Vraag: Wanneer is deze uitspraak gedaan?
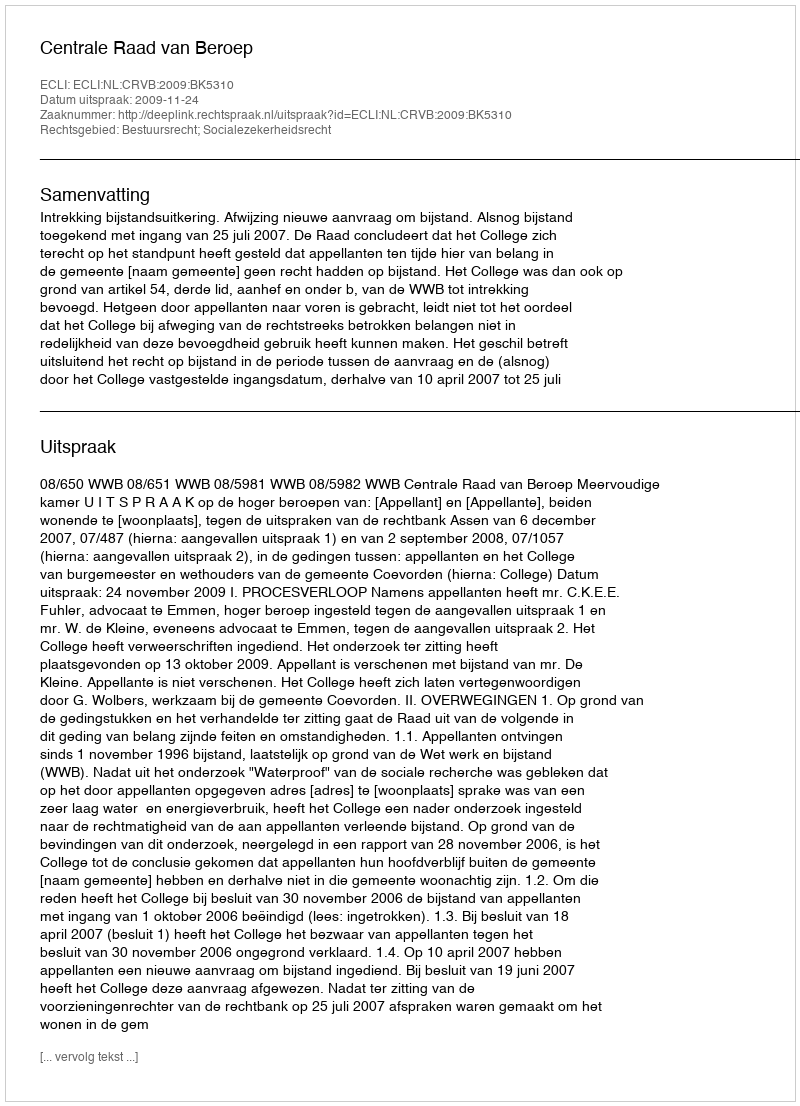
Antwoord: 2009-11-24